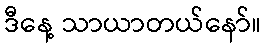
ဒီနေ့ သာယာတယ်နော်။